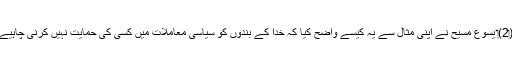
‏ (‏2)‏ یسوع مسیح نے اپنی مثال سے یہ کیسے واضح کِیا کہ خدا کے بندوں کو سیاسی معاملات میں کسی کی حمایت نہیں کرنی چاہیے؟